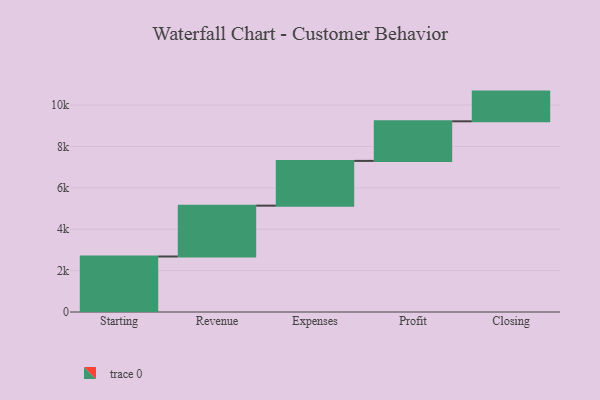
{"axis": {"x": "Step", "y": "Value"}, "legend": [""], "data": [{"x": "Starting", "y": 2682.0, "type": ""}, {"x": "Revenue", "y": 2457.0, "type": ""}, {"x": "Expenses", "y": 2163.0, "type": ""}, {"x": "Profit", "y": 1913.0, "type": ""}, {"x": "Closing", "y": 1435.0, "type": ""}]}